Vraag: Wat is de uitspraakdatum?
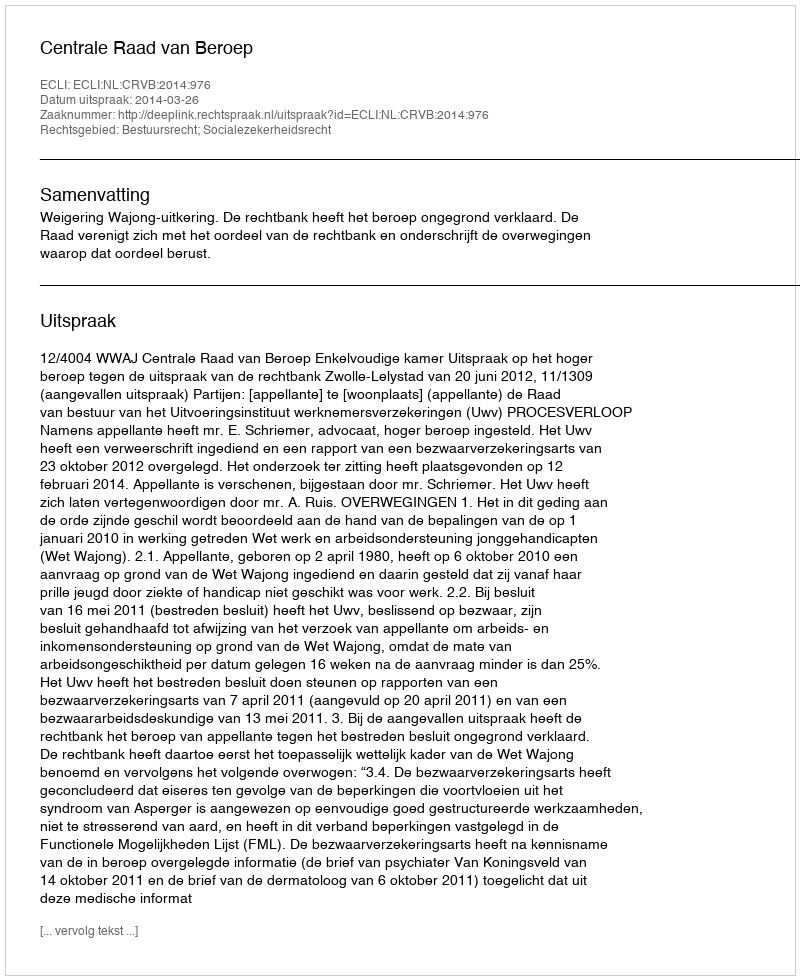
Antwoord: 2014-03-26